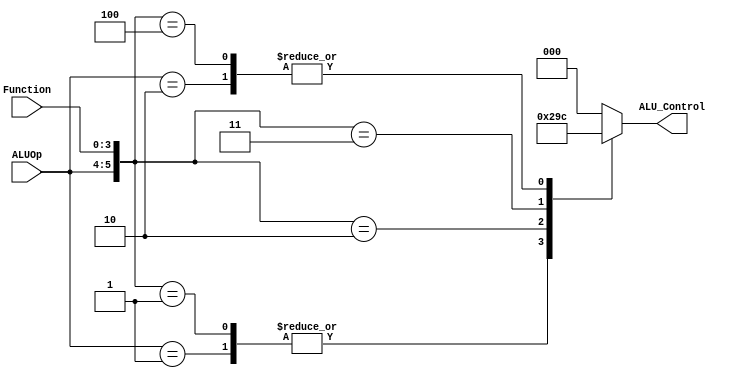
`timescale 1ns / 1ps
//////////////////////////////////////////////////////////////////////////////////
// Company: 
// 
// Design Name: 
// Module Name:    ALUControl 
// Project Name: 
// Target Devices: 
// Tool versions: 
// Description: 
//
// Dependencies: 
//
// Revision: 
// Revision 0.01 - File Created
// Additional Comments: 
//
//////////////////////////////////////////////////////////////////////////////////
module ALUControl( ALU_Control, ALUOp, Function);  
 output reg[2:0] ALU_Control;  
 input [1:0] ALUOp;  
 input [3:0] Function;  
 wire [5:0] ALUControlIn;  
 assign ALUControlIn = {ALUOp,Function};  
 always @(ALUControlIn)  
 casex (ALUControlIn)  
  6'b11xxxx: ALU_Control=3'b000;  
  6'b10xxxx: ALU_Control=3'b100;  
  6'b01xxxx: ALU_Control=3'b001;  
  6'b000000: ALU_Control=3'b000;  
  6'b000001: ALU_Control=3'b001;  
  6'b000010: ALU_Control=3'b010;  
  6'b000011: ALU_Control=3'b011;  
  6'b000100: ALU_Control=3'b100;  
  default: ALU_Control=3'b000;  
  endcase  
 endmodule  
// Verilog code for JR control unit
module JR_Control( input[1:0] alu_op, 
       input [3:0] funct,
       output JRControl
    );
assign JRControl = ({alu_op,funct}==6'b001000) ? 1'b1 : 1'b0;
endmodule